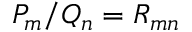
P _ { m } / Q _ { n } = R _ { m n }